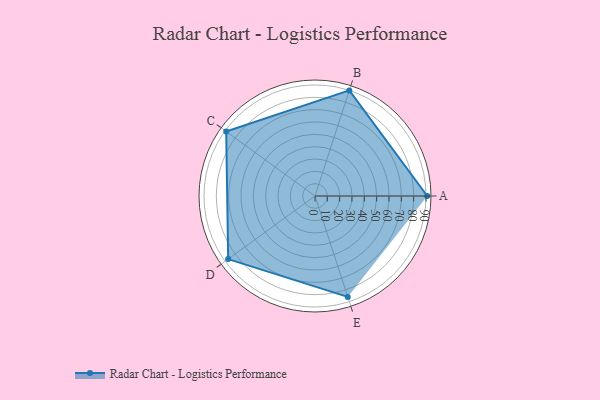
{"axis": {"x": "Skill", "y": "Score"}, "legend": ["Profile"], "data": [{"x": "A", "y": 91.0, "type": "Profile"}, {"x": "B", "y": 90.0, "type": "Profile"}, {"x": "C", "y": 89.0, "type": "Profile"}, {"x": "D", "y": 87.0, "type": "Profile"}, {"x": "E", "y": 86.0, "type": "Profile"}]}